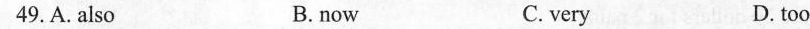
49.A.also B.now C.very D.too